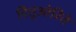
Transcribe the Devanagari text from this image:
दितुओरिते